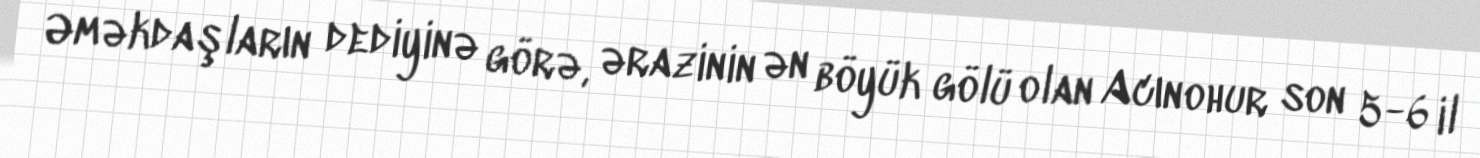
Əməkdaşların dediyinə görə, ərazinin ən böyük gölü olan Acınohur son 5-6 il